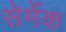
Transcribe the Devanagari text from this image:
सेर्मेक